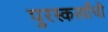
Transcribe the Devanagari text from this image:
पुरस्कर्त्यांची